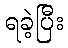
ရခဲ့ပြီး